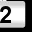
Digit: 2